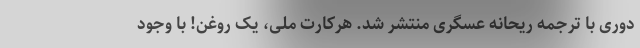
دوری با ترجمه ریحانه عسگری منتشر شد. هرکارت ملی، یک روغن! با وجود